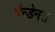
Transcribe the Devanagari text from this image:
पैन्डेनस